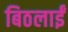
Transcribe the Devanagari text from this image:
बिठलाईं